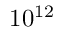
1 0 ^ { 1 2 }